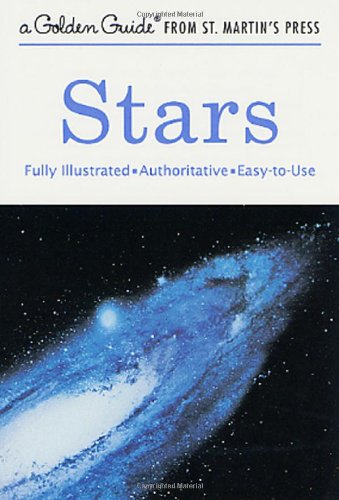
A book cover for Stars (A Golden Guide from St. Martin's Press); Robert H. Baker; Science & Math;